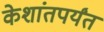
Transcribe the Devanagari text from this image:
केशांतपर्यंत